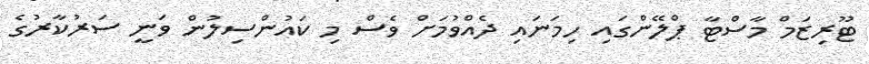
ޓޫރިޒަމް މާސްޓާ ޕްލޭންގައި ހިމަނައި ދެއްވުމަށް ވެސް މި ކައުންސިލުން ވަނީ ސަރުކާރުގެ